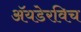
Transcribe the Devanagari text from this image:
अॅयडेरविच